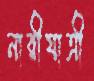
নারীযাত্রী